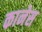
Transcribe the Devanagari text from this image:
कानेस